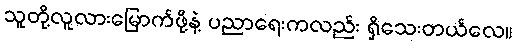
သူတို့လူလားမြောက်ဖို့နဲ့ ပညာရေးကလည်း ရှိသေးတယ်လေ။